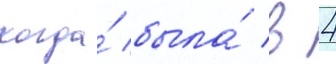
когда́ была́ в 4